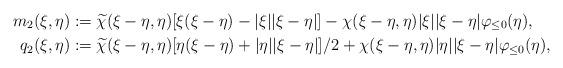
LaTeX: \begin{align*}m_2(\xi,\eta) & := \widetilde{\chi}(\xi-\eta,\eta)[\xi(\xi-\eta)-|\xi||\xi-\eta|]-\chi(\xi-\eta,\eta)|\xi||\xi-\eta|\varphi_{\leq 0}(\eta),\\q_2(\xi,\eta) & := \widetilde{\chi}(\xi-\eta,\eta)[\eta(\xi-\eta)+|\eta||\xi-\eta|]/2+\chi(\xi-\eta,\eta)|\eta||\xi-\eta|\varphi_{\leq 0}(\eta),\end{align*}